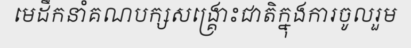
មេដឹកនាំគណបក្សសង្គ្រោះជាតិក្នុងការចូលរួម